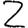
Digit: 2